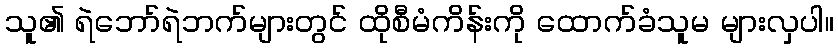
သူ၏ ရဲဘော်ရဲဘက်များတွင် ထိုစီမံကိန်းကို ထောက်ခံသူမ များလှပါ။